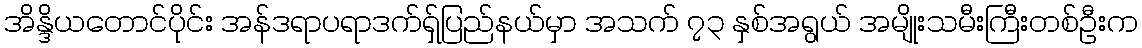
အိန္ဒိယတောင်ပိုင်း အန်ဒရာပရာဒက်ရှ်ပြည်နယ်မှာ အသက် ၇၃ နှစ်အရွယ် အမျိုးသမီးကြီးတစ်ဦးက